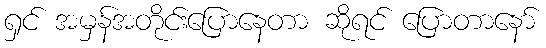
ရှင် အမှန်အတိုင်းပြောနေတာ ဆိုရင် ပြောတာနော်